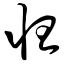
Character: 怛